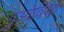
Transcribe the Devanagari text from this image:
गुओविया